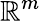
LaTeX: \mathbb{R}^{m}